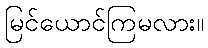
မြင်ယောင်ကြမလား။